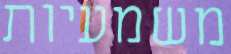
משמעיות